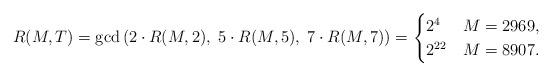
LaTeX: \begin{align*}R(M,T)=\gcd\left( 2 \cdot R(M,2), \;5 \cdot R(M,5),\; 7 \cdot R(M,7) \right)=\begin{cases} 2^4 & M=2969 , \\2^{22} & M=8907 .\end{cases}\end{align*}